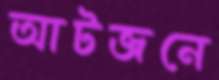
আটজনে